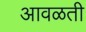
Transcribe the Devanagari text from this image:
आवळती